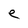
Character: e